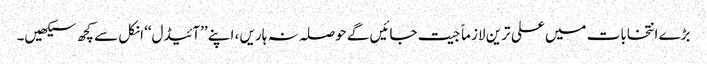
بڑے انتخابات میں علی ترین لازماً جیت جائیں گے حوصلہ نہ ہاریں ، اپنے ’’آئیڈل‘‘ انکل سے کچھ سیکھیں۔